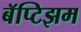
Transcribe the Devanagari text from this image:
बॅप्टिझम